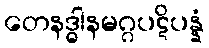
တေနဒ္ဓါနမဂ္ဂပဋိပန္နံ